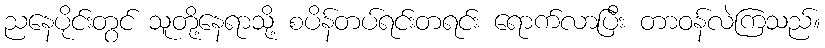
ညနေပိုင်းတွင် သူတို့နေရာသို့ စပိန်တပ်ရင်းတရင်း ရောက်လာပြီး တာဝန်လဲကြသည်။